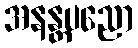
အနန္တပညော